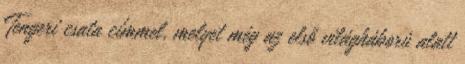
Tengeri csata címmel, melyet még az első világháború alatt